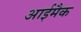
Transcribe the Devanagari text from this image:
आईमैक